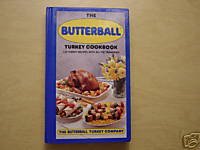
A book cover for The Butterball Turkey Cookbook; Butterball Turkey Company; Cookbooks, Food & Wine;